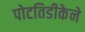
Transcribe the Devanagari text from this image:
पोटतिडीकेने